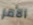
الأمر